Vaccination in Burma 1920-1933 - 1920-1933
Year: 1920
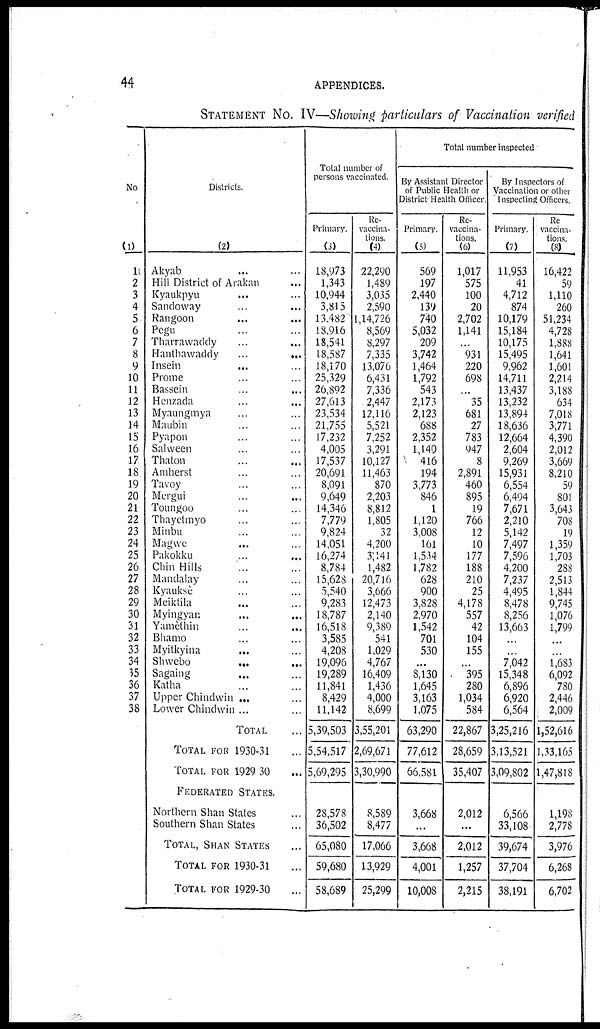
44
APPENDICES.
STATEMENT NO. IV—Showing particulars of Vaccination verified
No
(1)
1
2
3
4
5
6
7
8
9
10
11
12
13
14
15
16
17
18
19
20
21
22
23
24
25
26
27
28
29
30
31
32
33
34
35
36
37
38
Districts.
(2)
Akyab ... ...
Hill District of Arakan ...
Kyaukpyu ... ...
Sandoway ... ...
Rangoon ... ...
Pegu ... ...
Tharrawaddy ... ...
Hanthawaddy
...
...
Insein
...
...
Prome ... ...
Bassein
...
...
Henzada ... ...
Myaungmya ... ...
Maubin ... ...
Pyapon ... ...
Salween ... ...
Thaton ... ...
Amherst ... ...
Tavoy ... ...
Mergui
...
...
Toungoo ... ...
Thayetmyo ... ...
Minbu ... ...
Magwe
...
...
Pakokku
...
...
Chin Hills ... ...
Mandalay ... ...
Kyauksè ... ...
Meiktila ... ...
Myingyan
...
...
Yamèthin ... ...
Bhamo ... ...
Myitkyina
...
...
Shwebo
...
...
Sagaing ... ...
Katha ... ...
Upper Chindwin ... ...
Lower Chindwin ... ...
TOTAL ...
TOTAL FOR 1930-31 ...
TOTAL FOR 1929-30 ...
FEDERATED STATES.
Northern Shan States ...
Southern Shan States ...
TOTAL, SHAN STATES ...
TOTAL FOR 1930-31 ...
TOTAL FOR 1929-30 ...
Total number of
persons vaccinated.
Primary.
(3)
18,973
1,343
10,944
3,815
13,482
18,916
18,541
18,587
18,170
25,329
26,892
27,613
23,534
21,755
17,232
4,005
17,537
20,691
8,091
9,649
14,346
7,779
9,824
14,051
16,274
8,784
15,628
5,540
9,283
18,787
16,518
3,585
4,208
19,096
19,289
11,841
8,429
11,142
5,39,503
5,54,517
5,69,295
28,578
36,502
65,080
59,680
58,689
Re-
vaccina-
tions.
(4)
22,290
1,489
3,035
2,590
1,14,726
8,569
8,297
7,335
13,076
6,431
7,336
2,447
12,116
5,521
7,252
3,291
10,127
11,463
870
2,203
8,812
1,805
32
4,200
3,141
1,482
20,716
3,666
12,473
2,140
9,389
541
1,029
4,767
16,409
1,436
4,000
8,699
3,55,201
2,69,671
3,30,990
8,589
8,477
17,066
13,929
25,299
Total number inspected
By Assistant Director
of Public Health or
District Health Officer.
Primary.
(5)
569
197
2,440
139
740
5,032
209
3,742
1,464
1,792
543
2,173
2,123
688
2,352
1,140
416
194
3,773
846
1
1,120
3,008
161
1,534
1,782
628
900
3,828
2,970
1,542
701
530
...
8,130
1,645
3,163
1,075
63,290
77,612
66,581
3,668
...
3,668
4,001
10,008
Re-
vaccina-
tions.
(6)
1,017
575
100
20
2,702
1,141
...
931
220
698
...
35
681
27
783
947
8
2,891
460
895
19
766
12
10
177
188
210
25
4,178
557
42
104
155
...
395
280
1,034
584
22,867
28,659
35,407
2,012
...
2,012
1,257
2,215
By Inspectors of
Vaccination or other
Inspecting Officers.
Primary.
(7)
11,953
41
4,712
874
10,179
15,184
10,175
15,495
9,962
14,711
13,437
13,232
13,894
18,636
12,664
2,604
9,269
15,931
6,554
6,494
7,671
2,210
5,142
7,497
7,596
4,200
7,237
4,495
8,478
8,256
13,663
...
...
7,042
15,348
6,896
6,920
6,564
3,25,216
3,13,521
3,09,802
6,566
33,108
39,674
37,704
38,191
Re
vaccina-
tions.
(8)
16,422
59
1,110
260
51,234
4,728
1,888
1,641
1,601
2,214
3,188
634
7,018
3,771
4,390
2,012
3,669
8,210
59
801
3,643
708
19
1,359
1,703
288
2,513
1,844
9,745
1,076
1,799
...
...
1,683
6,092
780
2,446
2,009
1,52,616
1,33,165
1,47,818
1,198
2,778
3,976
6,268
6,702